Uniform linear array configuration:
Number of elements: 12
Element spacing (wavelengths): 1
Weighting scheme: binomial
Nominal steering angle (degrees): -30
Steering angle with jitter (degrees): -30.523
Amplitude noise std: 0.05
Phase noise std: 0.05

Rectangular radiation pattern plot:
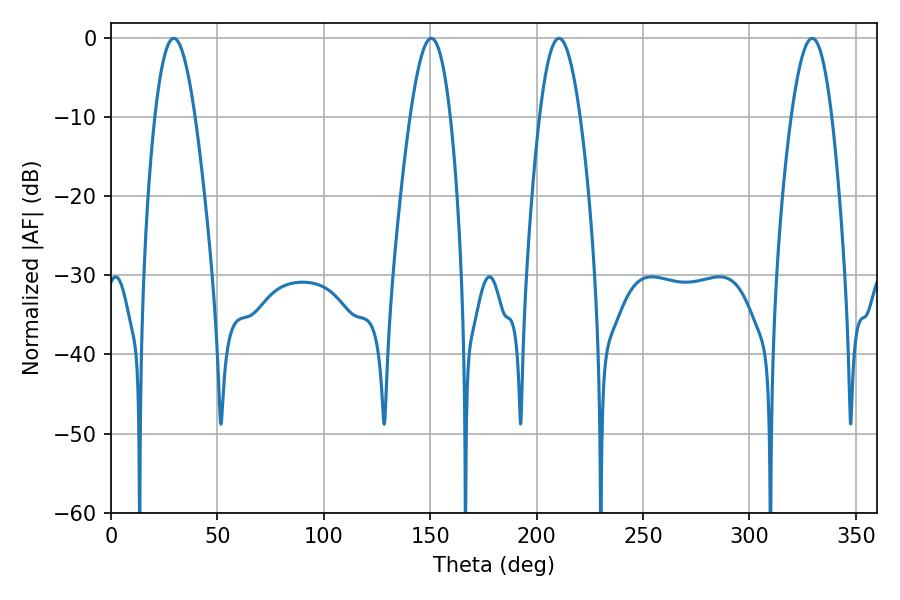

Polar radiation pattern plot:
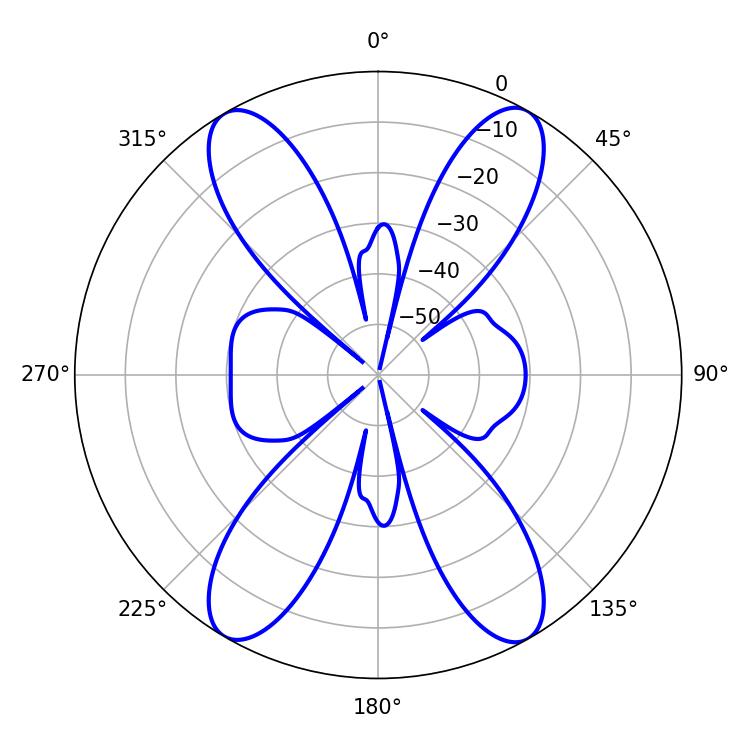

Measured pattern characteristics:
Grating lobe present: TRUE
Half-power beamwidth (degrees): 10.26
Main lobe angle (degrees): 29.52